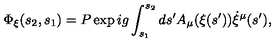
\Phi _ { \xi } ( s _ { 2 } , s _ { 1 } ) = P \exp i g \int _ { s _ { 1 } } ^ { s _ { 2 } } d s ^ { \prime } A _ { \mu } ( \xi ( s ^ { \prime } ) ) \dot { \xi } ^ { \mu } ( s ^ { \prime } ) ,